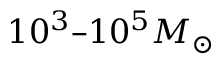
1 0 ^ { 3 } – 1 0 ^ { 5 } M _ { \odot }